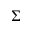
\Sigma